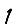
Digit: 1